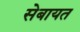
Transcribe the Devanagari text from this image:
सेबायत